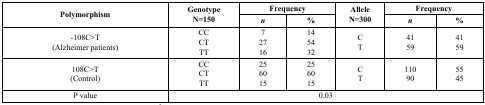
<table><thead><tr><td rowspan="2"><b>Polymorphism</b></td><td rowspan="2"><b>GenotypeN=150</b></td><td colspan="2"><b>Frequency</b></td><td rowspan="2"><b>AlleleN=300</b></td><td colspan="2"><b>Frequency</b></td></tr><tr><td><b><i>n</i></b></td><td><b>%</b></td><td><b><i>n</i></b></td><td><b>%</b></td></tr></thead><tbody><tr><td>-108C&gt;T(Alzheimer patients)</td><td>CCCTTT</td><td>72716</td><td>145432</td><td>CT</td><td>4159</td><td>4159</td></tr><tr><td>108C&gt;T(Control)</td><td>CCCTTT</td><td>256015</td><td>256015</td><td>CT</td><td>11090</td><td>5545</td></tr><tr><td>P value</td><td colspan="6">0.03</td></tr></tbody></table>